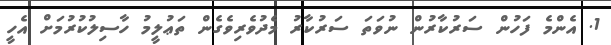
1. އެންމެ ފަހުން ސަރުކާރުން ނުވަތަ ސަރުކާރު މެދުވެރިވެގެން ތަޢުލީމު ހާސިލުކުރުމަށް އެހީ